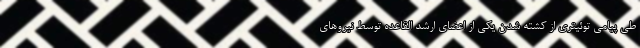
طی پیامی توئیتری از کشته شدن یکی از اعضای ارشد القاعده توسط نیروهای